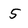
Character: 5